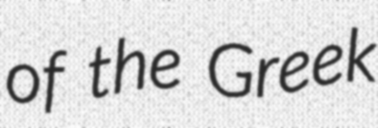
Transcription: of the Greek